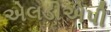
એલડીએપી